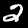
Digit: 2